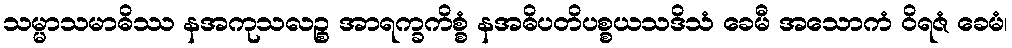
သမ္မာသမာဓိဿ နအကုသလဉ္စ အာရက္ခကိစ္စံ နအဓိပတိပစ္စယသဒိသံ ခေမီ အသောကံ ဝိရဇံ ခေမံ၊